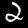
Digit: 2